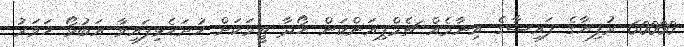
60000 ރުފިޔާގެ ފައިސާގެ އިނާމެއް ޗެމްޕިއަންކަން ހޯދާ ޓީމަކަށް ހުށަހެޅިފައިވާ އަބުޅޯ ހަވަރު